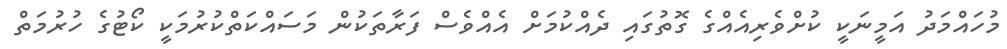
މުހައްމަދު އަމީނަކީ ކުށްވެރިއެއްގެ ގޮތުގައި ދެއްކުމަށް އެއްވެސް ފަރާތަކުން މަސައްކަތްކުރުމަކީ ކޯޓުގެ ހުރުމަތް